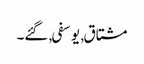
مشتاق, یوسفی, گئے۔